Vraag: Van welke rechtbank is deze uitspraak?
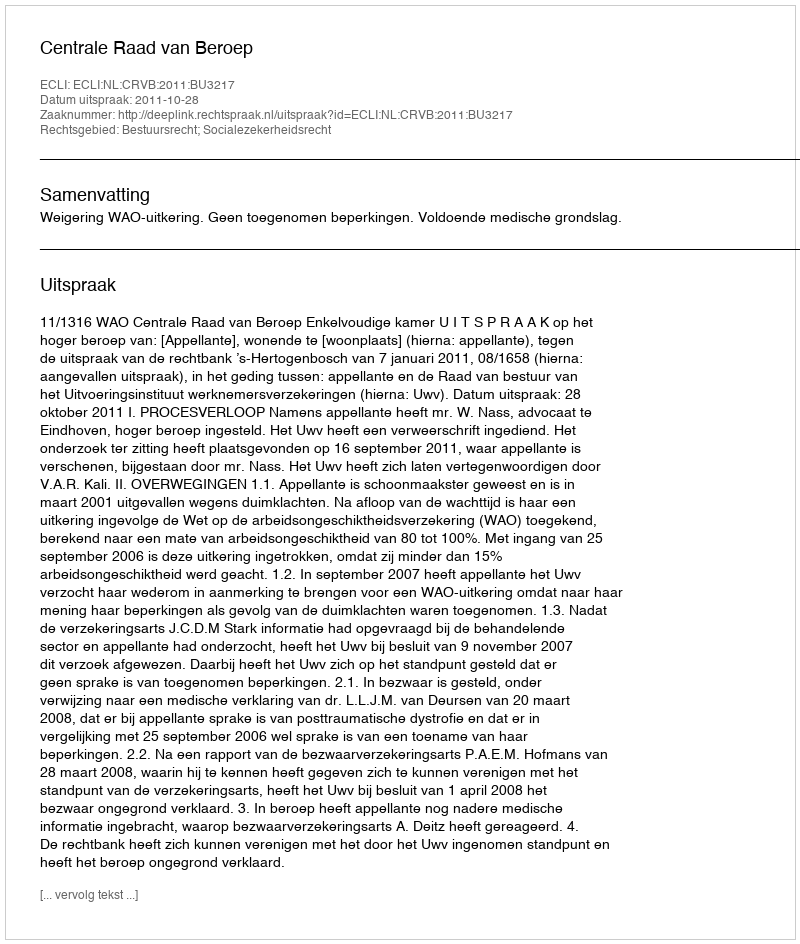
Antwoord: Centrale Raad van Beroep